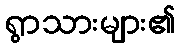
ရွာသားများ၏